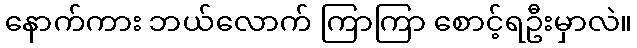
နောက်ကား ဘယ်လောက် ကြာကြာ စောင့်ရဦးမှာလဲ။